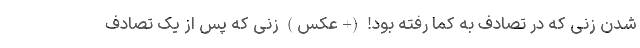
شدن زنی که در تصادف به کما رفته بود! (+عکس) زنی که پس از یک تصادف